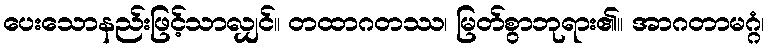
ပေးသောနည်းဖြင့်သာလျှင်။ တထာဂတဿ၊ မြတ်စွာဘုရား၏။ အာဂတာမဂ္ဂံ၊